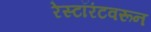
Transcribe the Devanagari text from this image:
रेस्टॉरंटवरून